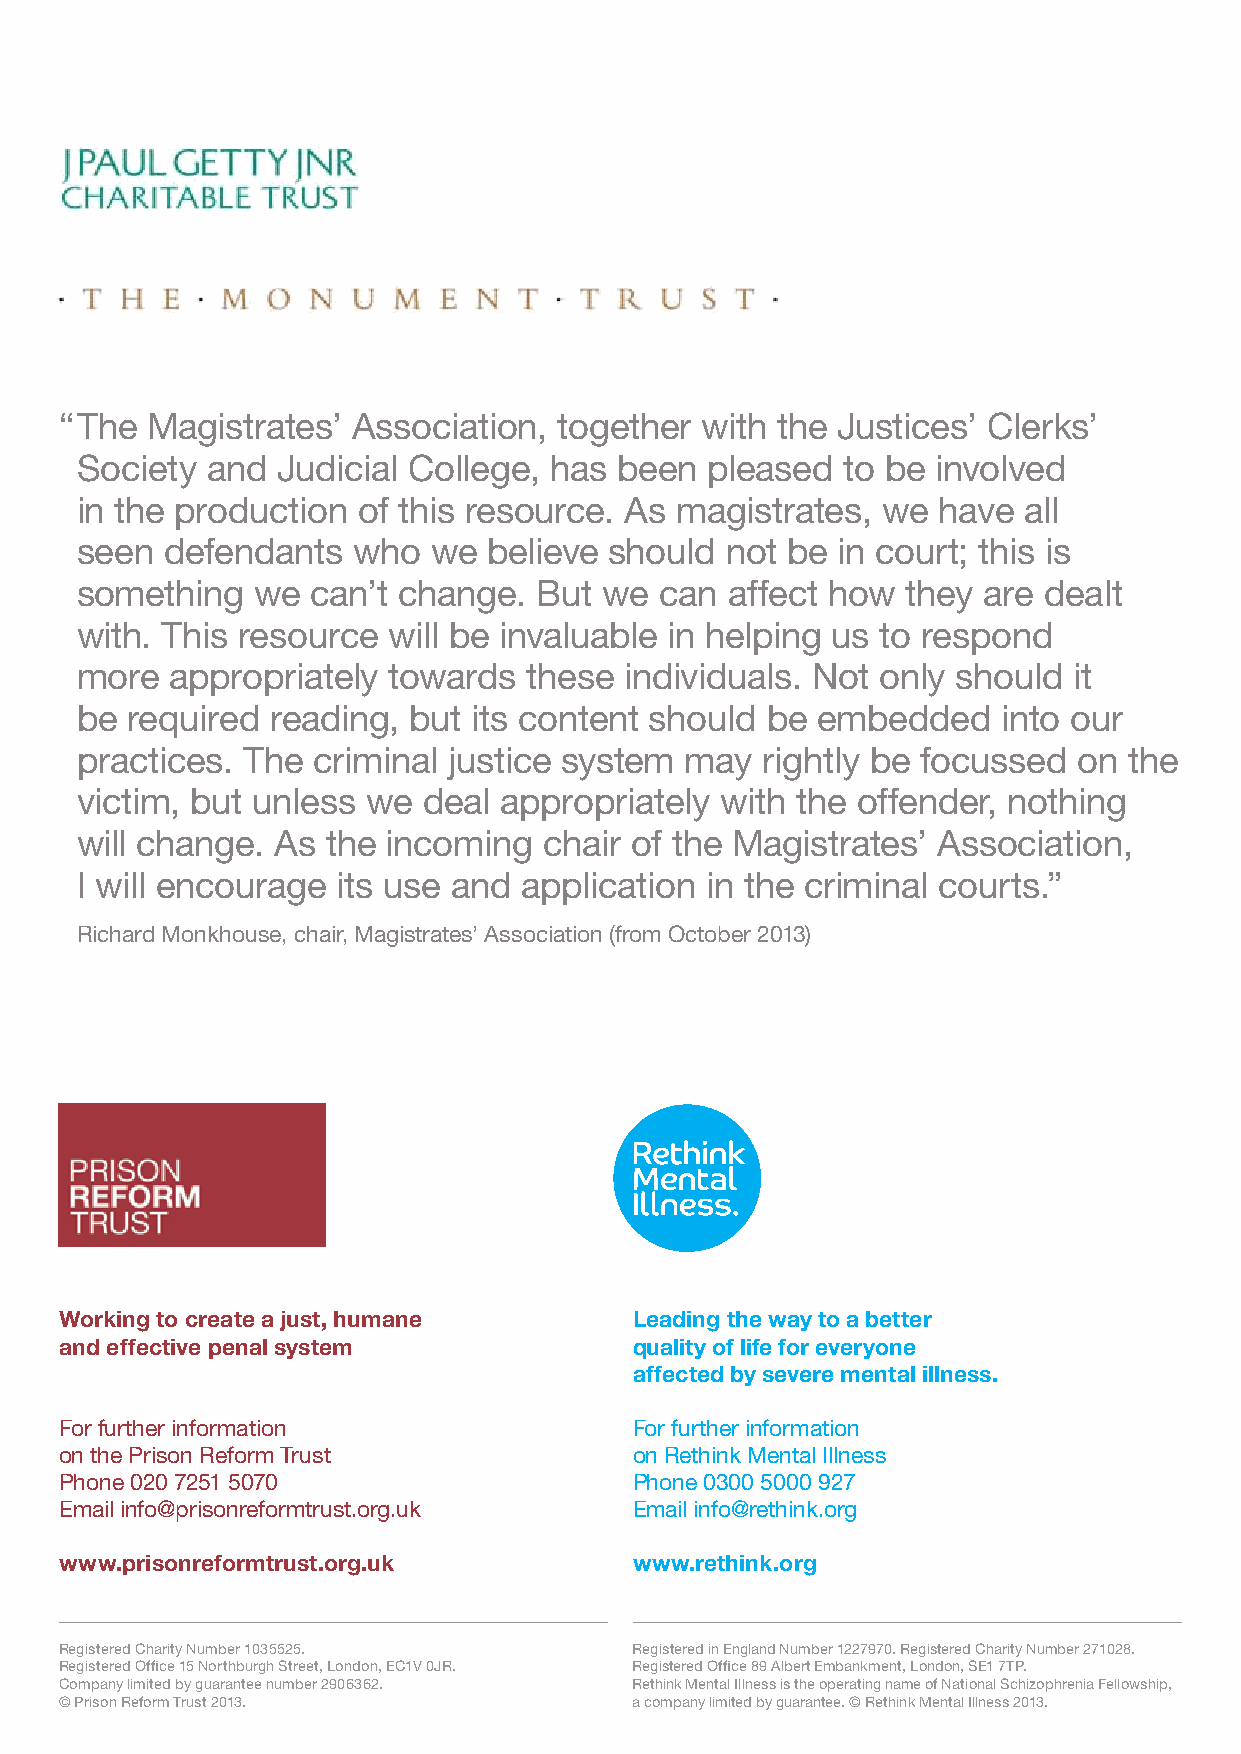
“ The Magistrates’ Association,  together with the Justices’ Clerks’
 Society  and Judicial College, has  been  pleased  to be involved
 in the production  of this resource. As magistrates, we  have  all
 seen  defendants  who   we believe should  not be in court; this is
 something   we  can’t change.  But we  can affect how  they are dealt
 with. This resource  will be invaluable in helping us to respond
 more  appropriately  towards  these individuals. Not only should  it
 be required  reading, but its content should  be embedded    into our
 practices. The  criminal justice system may  rightly be focussed  on  the
 victim, but unless we  deal appropriately  with the offender, nothing
 will change. As  the incoming  chair of the Magistrates’ Association,
 I will encourage its use and application  in the criminal courts.”
 Richard Monkhouse, chair, Magistrates’ Association (from October 2013)
 Working to create a just, humane      Leading the way to a better
 and effective penal system            quality of life for everyone
 affected by severe mental illness.
 For further information               For further information
 on the Prison Reform Trust            on Rethink Mental Illness
 Phone 020 7251 5070                   Phone 0300 5000 927
 Email info@prisonreformtrust.org.uk   Email info@rethink.org
 www.prisonreformtrust.org.uk          www.rethink.org
 Registered Charity Number 1035525.    Registered in England Number 1227970. Registered Charity Number 271028.
 Registered Office 15 Northburgh Street, London, EC1V 0JR. Registered Office 89 Albert Embankment, London, SE1 7TP.
 Company limited by guarantee number 2906362. Rethink Mental Illness is the operating name of National Schizophrenia Fellowship,
 © Prison Reform Trust 2013.           a company limited by guarantee. © Rethink Mental Illness 2013.